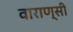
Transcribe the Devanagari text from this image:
वाराण्सी